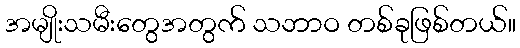
အမျိုးသမီးတွေအတွက် သဘာဝ တစ်ခုဖြစ်တယ်။